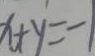
x + y = - 1